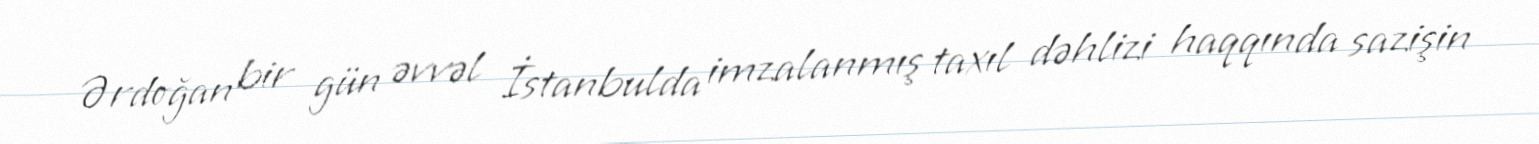
Ərdoğan bir gün əvvəl İstanbulda imzalanmış taxıl dəhlizi haqqında sazişin